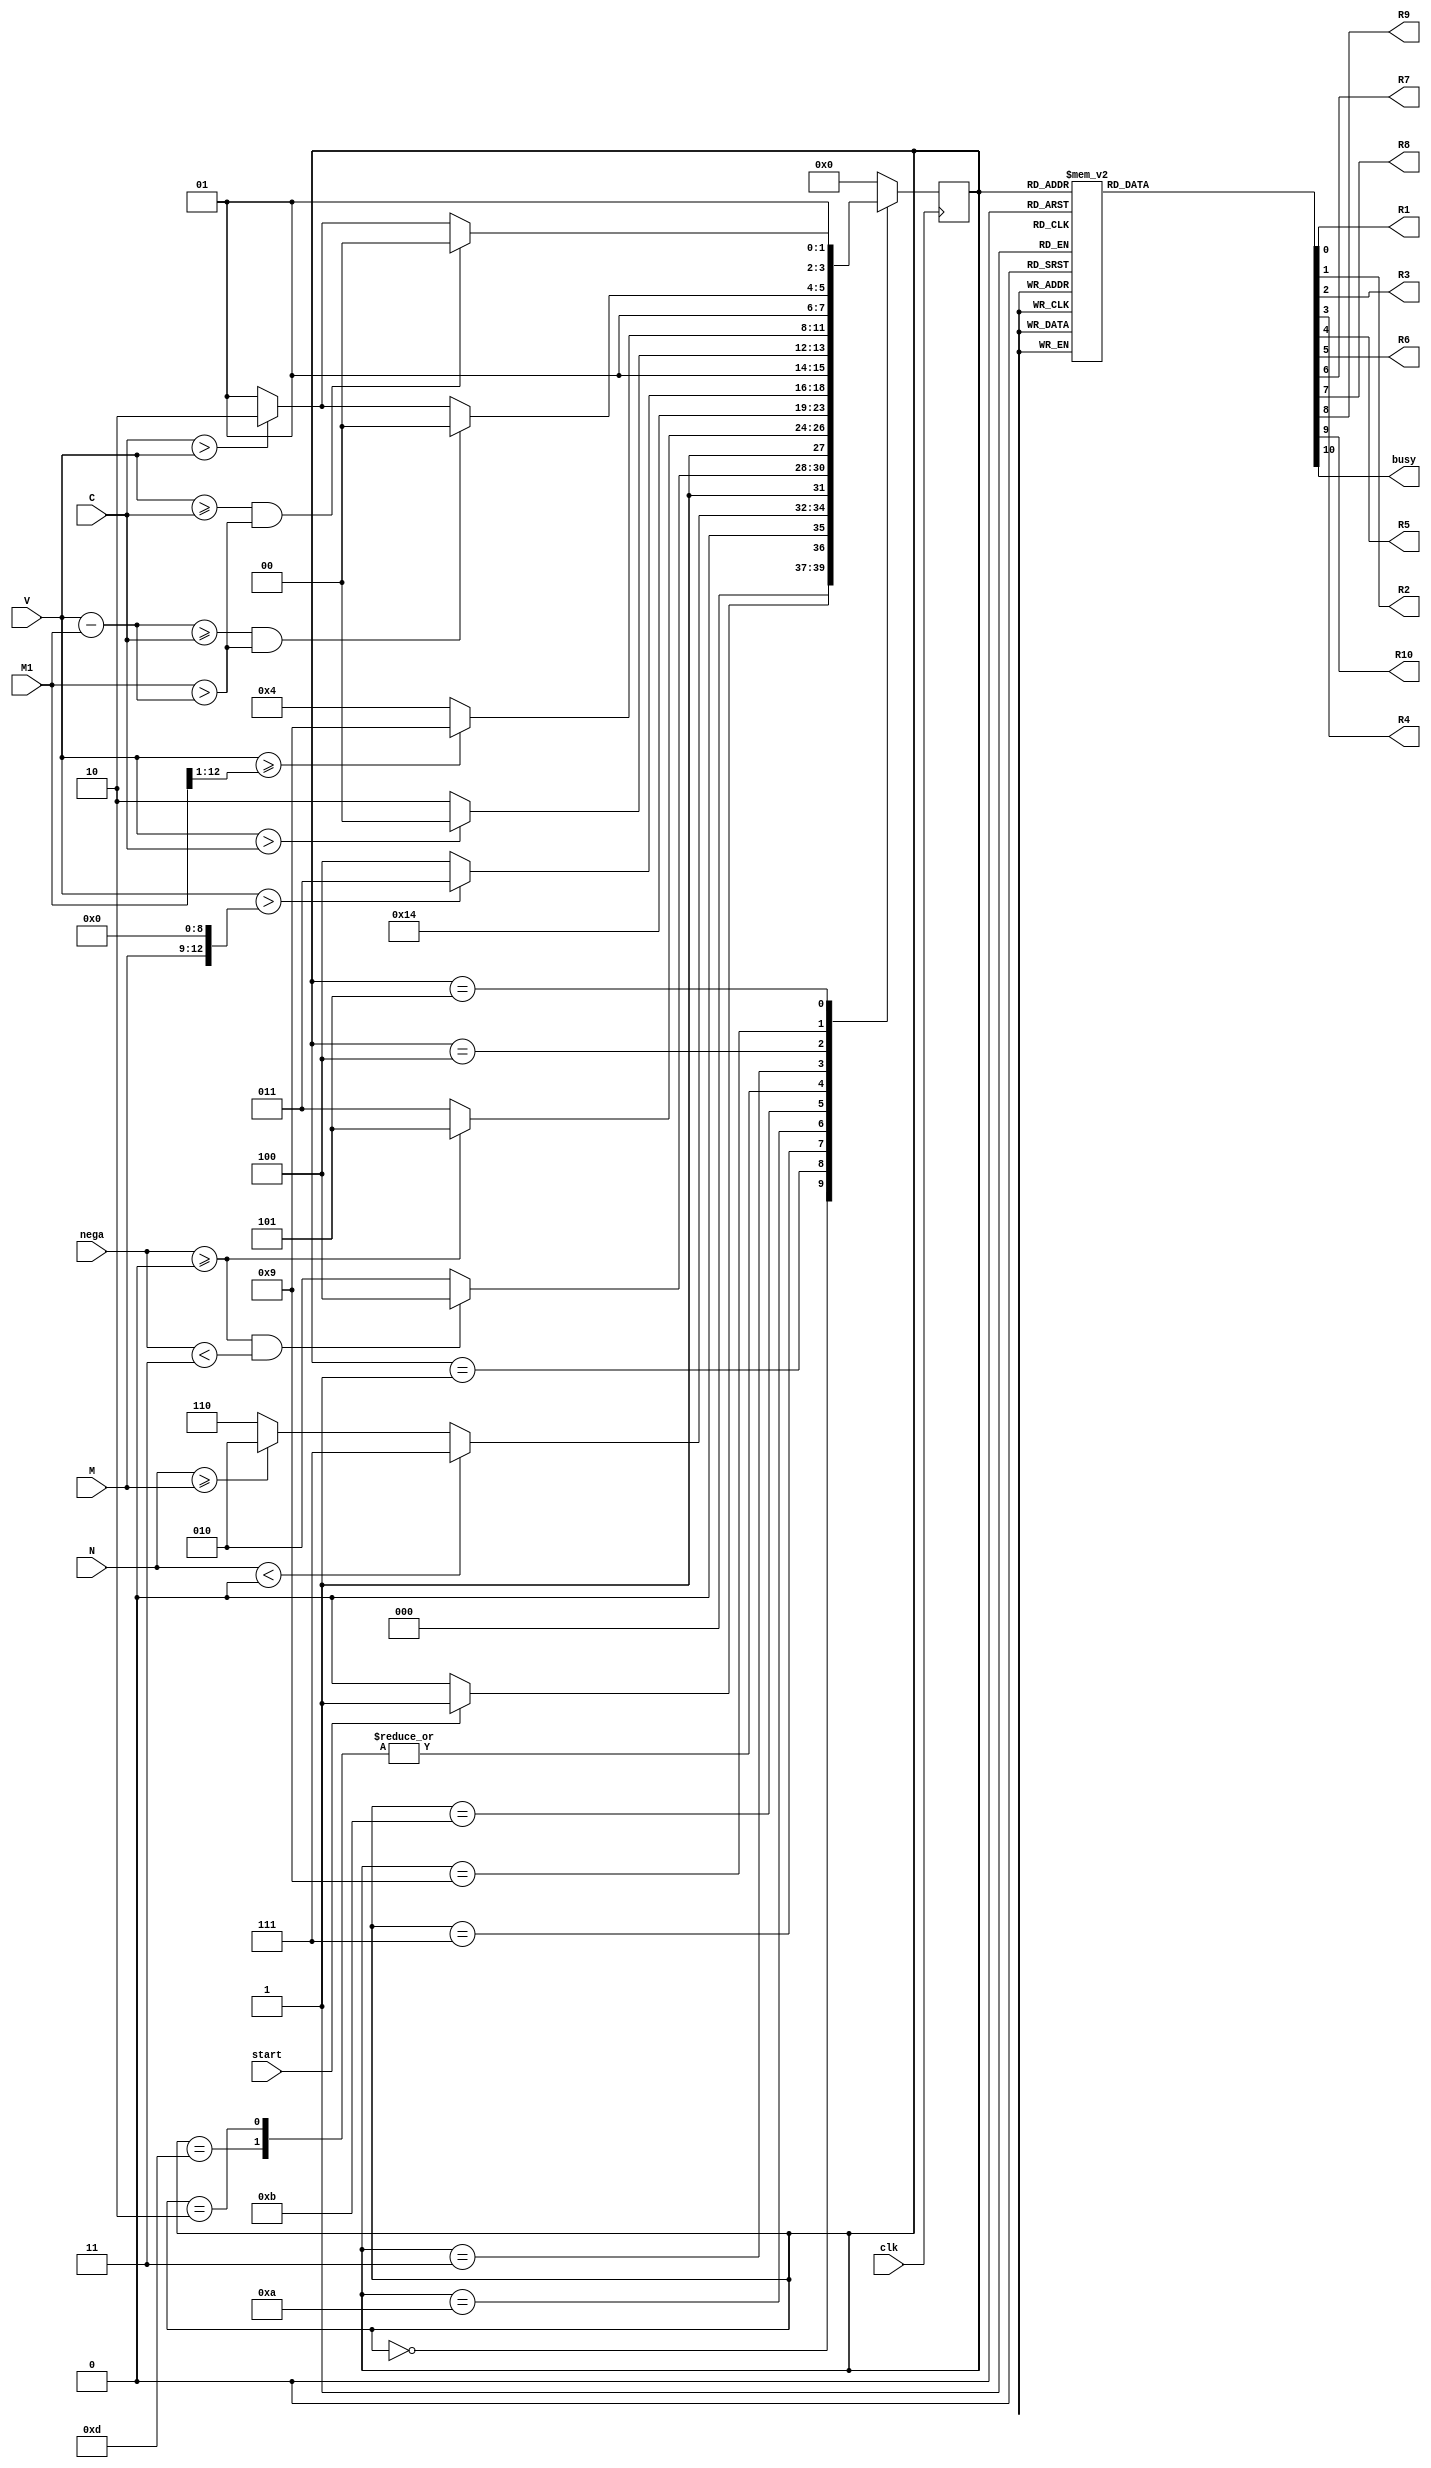
`timescale 1ns / 1ps
//////////////////////////////////////////////////////////////////////////////////
// Company: 
// Engineer: 
// 
// Design Name: 
// Module Name: Modulo3_FSM
// Project Name: 
// Target Devices: 
// Tool Versions: 
// Description: 
// 
// Dependencies: 
// 
// Revision:
// Revision 0.01 - File Created
// Additional Comments:
// 
//////////////////////////////////////////////////////////////////////////////////


module Modulo3_FSM(
    input clk,
    input start,
    input [12:0] V,
    input [3:0]C,
    input [12:0] M1,
    input signed[12:0] nega,
    input [3:0] M,
    input signed[12:0] N,    
    output reg R1, R2, R3, R4, R5, R6,R7, R8, R9, R10,
    output reg busy
    );
    
    parameter Inicio  = 4'b0000;
    parameter Inicio2 =4'b0001;
    parameter Neg= 4'b0111;
    parameter tempN= 4'b1010;
    parameter Negp= 4'b1011;
    parameter salidaNeg2=4'b1000;
    parameter salidaNeg1=4'b1100;
    parameter Op1N=4'b1101;
    parameter Op1 = 4'b0010;
    parameter Op2 = 4'b0011;
    parameter Op3 = 4'b0100;
    parameter Lp2 = 4'b0101;
    parameter temps = 4'b1001;
    parameter salida = 4'b0110;


    reg [3:0] presente = Inicio; // Registro de Estado - Valor inicial
    reg [3:0] futuro;            // Entrada del registro de Estado

    // Registro de estado 
    always @(posedge clk)
        presente <= futuro;

    // Lgica del estado siguiente
    always @(presente, V, M1,nega, N, C, M,start)
        case (presente)
            Inicio :
                if(start)
                    futuro <= Inicio2;            
                else
                    futuro <= Inicio;
            Inicio2:
                if(N<0)
                    futuro <= Neg;
                else if(N>=M)
                    futuro <= Op1;                
                else
                    futuro <= salida;
            Neg:
                if(nega>=0 && nega<13'd3)
                    futuro <= salidaNeg1;
                else
                    futuro <= tempN;
            salidaNeg1:
                futuro<=Inicio;
            tempN:
                 if(nega>=0)
                    futuro <= Op1N;
                else
                    futuro <= Negp; 
            Negp:
                futuro <= tempN;               
            salidaNeg2:
                futuro<=Inicio;
            Op1N:
                 if(V>{M,9'd0})
                    futuro <= Op2;
                else
                    futuro <= Op3; 
            Op1:
                if(V>{M,9'd0})
                    futuro <= Op2;
                else
                    futuro <= Op3;
            Op2:
                if(V>C)
                    futuro <= Op3;
                else
                    futuro <= salida;
            Op3:
                if(V>={1'b0, M1[12:1]})
                    futuro <= temps;
                else
                    futuro <= Op3;
            temps:
                if(V-M1>=C && M1>V-M1)
                    futuro <= Op3;
                else if(C>V)
                    futuro <= salida;
                else
                    futuro <= Lp2; 
            Lp2:
                if(V>=C && M1>V-M1)
                    futuro <= Op3;
                else if(C>V)
                    futuro <= salida;
                else
                    futuro <= Lp2; 
            salida:
                futuro <= Inicio; 
            default:
                futuro <= Inicio;
        endcase
    
    // Lgica de salida
    always @(presente)
        case (presente)
            Inicio : begin
                R1 <= 1'b0;
                R2 <= 1'b1;
                R3 <= 1'b0;
                R4 <= 1'b0;
                R5 <= 1'b0;
                R6 <= 1'b0;
                R7 <= 1'b0;
                R8 <= 1'b1;
                R9 <= 1'b0;
                R10 <= 1'b0;
                busy <= 1'b0; 
            end
            Inicio2 : begin
                R1 <= 1'b0;
                R2 <= 1'b1;
                R3 <= 1'b0;
                R4 <= 1'b0;
                R5 <= 1'b0;
                R6 <= 1'b0;
                R7 <= 1'b0;
                R8 <= 1'b1;
                R9 <= 1'b1;
                R10 <= 1'b1;
                busy <= 1'b0; 
            end
            Neg: begin
                R1 <= 1'b0;
                R2 <= 1'b1;
                R3 <= 1'b0;
                R4 <= 1'b1;
                R5 <= 1'b1;
                R6 <= 1'b1;
                R7 <= 1'b0;
                R8 <= 1'b1;
                R9 <= 1'b0;
                R10 <= 1'b1;
                busy <= 1'b0; 
            end
            tempN: begin
                R1 <= 1'b1;
                R2 <= 1'b1;
                R3 <= 1'b0;
                R4 <= 1'b0;
                R5 <= 1'b0;
                R6 <= 1'b1;
                R7 <= 1'b0;
                R8 <= 1'b1;
                R9 <= 1'b0;
                R10 <= 1'b1;
                busy <= 1'b0; 
            end
            Negp: begin
                R1 <= 1'b0;
                R2 <= 1'b1;
                R3 <= 1'b0;
                R4 <= 1'b0;
                R5 <= 1'b0;
                R6 <= 1'b0;
                R7 <= 1'b0;
                R8 <= 1'b1;
                R9 <= 1'b1;
                R10 <= 1'b0;
                busy <= 1'b0; 
            end
            salidaNeg1: begin
                R1 <= 1'b0;
                R2 <= 1'b0;
                R3 <= 1'b0;
                R4 <= 1'b0;
                R5 <= 1'b0;
                R6 <= 1'b0;
                R7 <= 1'b0;
                R8 <= 1'b1;
                R9 <= 1'b0;
                R10 <= 1'b1;
                busy <= 1'b1; 
            end
            salidaNeg2: begin
                R1 <= 1'b0;
                R2 <= 1'b0;
                R3 <= 1'b0;
                R4 <= 1'b0;
                R5 <= 1'b0;
                R6 <= 1'b0;
                R7 <= 1'b0;
                R8 <= 1'b0;
                R9 <= 1'b0;
                R10 <= 1'b1;
                busy <= 1'b1; 
            end
            Op1N: begin
                R1 <= 1'b1;
                R2 <= 1'b1;
                R3 <= 1'b0;
                R4 <= 1'b1;
                R5 <= 1'b0;
                R6 <= 1'b1;
                R7 <= 1'b0;
                R8 <= 1'b1;
                R9 <= 1'b0;
                R10 <= 1'b0;
                busy <= 1'b0; 
            end            
            Op1: begin
                R1 <= 1'b0;
                R2 <= 1'b1;
                R3 <= 1'b0;
                R4 <= 1'b1;
                R5 <= 1'b0;
                R6 <= 1'b1;
                R7 <= 1'b0;
                R8 <= 1'b1;
                R9 <= 1'b0;
                R10 <= 1'b0;
                busy <= 1'b0; 
            end
            Op2: begin
                R1 <= 1'b1;
                R2 <= 1'b1;
                R3 <= 1'b1;
                R4 <= 1'b0;
                R5 <= 1'b0;
                R6 <= 1'b0;
                R7 <= 1'b0;
                R8 <= 1'b1;
                R9 <= 1'b0;
                R10 <= 1'b0;
                busy <= 1'b0; 
            end
            Op3: begin
                R1 <= 1'b0;
                R2 <= 1'b1;
                R3 <= 1'b1;
                R4 <= 1'b0;
                R5 <= 1'b1;
                R6 <= 1'b1;
                R7 <= 1'b0;
                R8 <= 1'b1;
                R9 <= 1'b0;
                R10 <= 1'b0;
                busy <= 1'b0; 
            end
            Lp2: begin
                R1 <= 1'b1;
                R2 <= 1'b1;
                R3 <= 1'b1;
                R4 <= 1'b0;
                R5 <= 1'b0;
                R6 <= 1'b0;
                R7 <= 1'b0;
                R8 <= 1'b1;
                R9 <= 1'b0;
                R10 <= 1'b0;
                busy <= 1'b0; 
            end
            temps: begin
                R1 <= 1'b0;
                R2 <= 1'b1;
                R3 <= 1'b1;
                R4 <= 1'b0;
                R5 <= 1'b0;
                R6 <= 1'b0;
                R7 <= 1'b0;
                R8 <= 1'b1;
                R9 <= 1'b0;
                R10 <= 1'b0;
                busy <= 1'b0;
            end 
            salida: begin
                R1 <= 1'b0;
                R2 <= 1'b1;
                R3 <= 1'b0;
                R4 <= 1'b0;
                R5 <= 1'b0;
                R6 <= 1'b0;
                R7 <= 1'b0;
                R8 <= 1'b0;
                R9 <= 1'b0;
                R10 <= 1'b0;
                busy <= 1'b1; 
            end
            default: begin
                R1 <= 1'b0;
                R2 <= 1'b1;
                R3 <= 1'b0;
                R4 <= 1'b0;
                R5 <= 1'b0;
                R6 <= 1'b0;
                R7 <= 1'b0;
                R8 <= 1'b1;
                R9 <= 1'b0;
                R10 <= 1'b0;
                busy <= 1'b0; 
            end
      endcase
        
endmodule